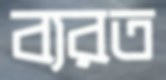
ব্যরত